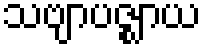
သဗျာပဇ္ဈာယ